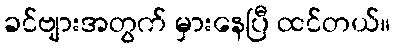
ခင်ဗျားအတွက် မှားနေပြီ ထင်တယ်။